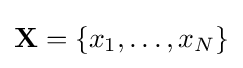
\mathbf {X} =\{x_{1},\ldots ,x_{N}\}